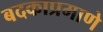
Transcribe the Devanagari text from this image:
बदकाप्रमाणे